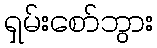
ရှမ်းစော်ဘွား